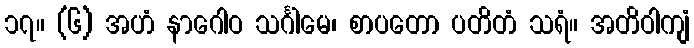
၁၇။ (၆) အဟံ နာဂေါဝ သင်္ဂါမေ၊ စာပတော ပတိတံ သရံ။ အတိဝါကျံ